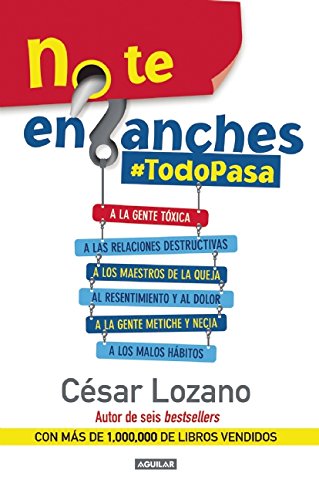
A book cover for No te enganches: #Todopasa (Spanish Edition); CÃ©sar Lozano; Self-Help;